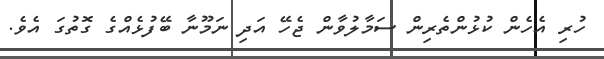
ހުރި އެހެން ކުޅުންތެރިން ސަމާލުވާން ޖެހޭ އަދި ނަމޫނާ ބޭފުޅެއްގެ ގޮތުގަ އެވެ.